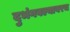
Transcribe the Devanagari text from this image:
दुभंगवल्यावरच